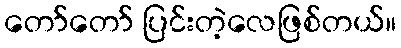
တော်တော် ပြင်းတဲ့လေဖြစ်တယ်။